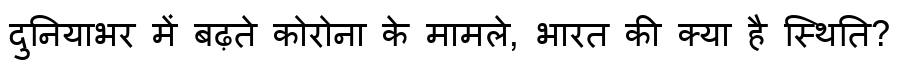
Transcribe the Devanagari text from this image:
दुनियाभर में बढ़ते कोरोना के मामले, भारत की क्या है स्थिति?